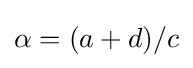
\alpha =(a+d)/c